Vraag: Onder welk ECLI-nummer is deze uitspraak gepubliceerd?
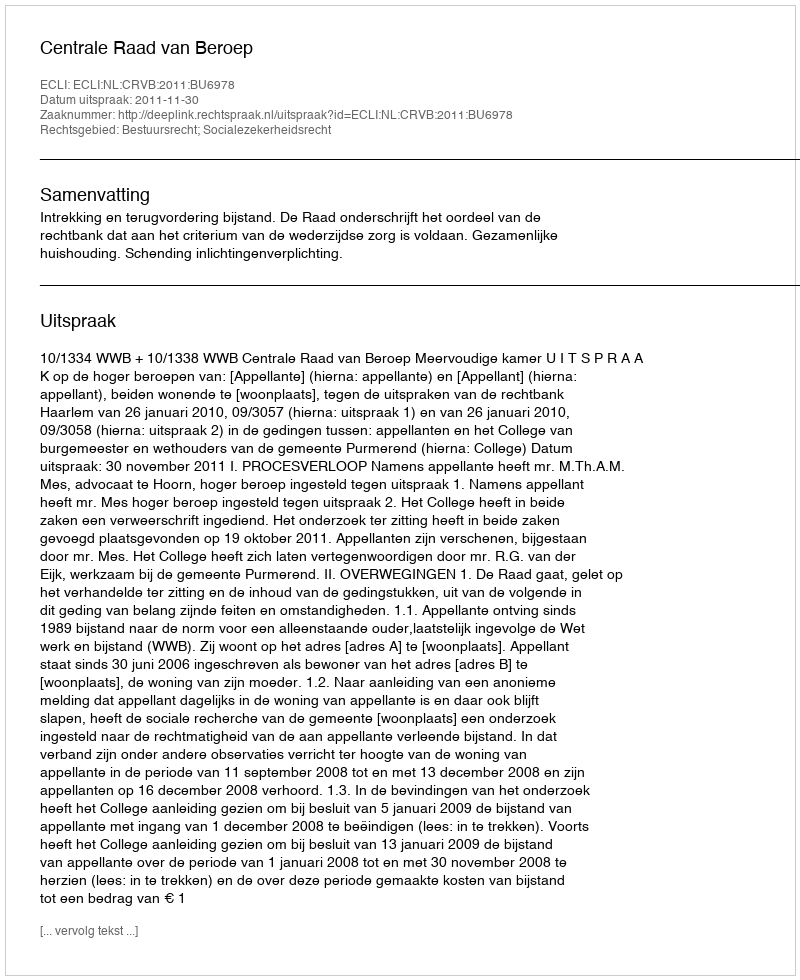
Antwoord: ECLI:NL:CRVB:2011:BU6978